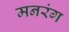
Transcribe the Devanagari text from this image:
मनरंग